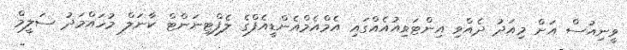
ވީނިއުސް އަށް މިއަދު ދެއްވި އިންޓަވިއުއެއްގައި އެމްއެމްއެންޑީއެފްގެ ލެފްޓިނަންޓް ކާނަލް މުހައްމަދު ސަލީމް